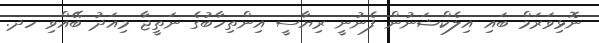
ނޮޅިވަރަމް ބައި އިލެކްޝަނުން ފެނުނީ ރިޔާސީ އިންތިހާބުގެ ނަތީޖާ މިއަދު ބޭއްވި ހދ.